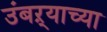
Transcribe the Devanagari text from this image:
उंबऱ्याच्या